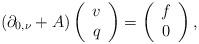
LaTeX: \begin{align*}\left(\partial_{0,\nu}+A\right)\left(\begin{array}{c}v\\q\end{array}\right)=\left(\begin{array}{c}f\\0\end{array}\right),\end{align*}